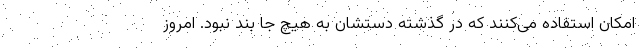
امکان استفاده می‌کنند که در گذشته دستشان به هیچ جا بند نبود. امروز